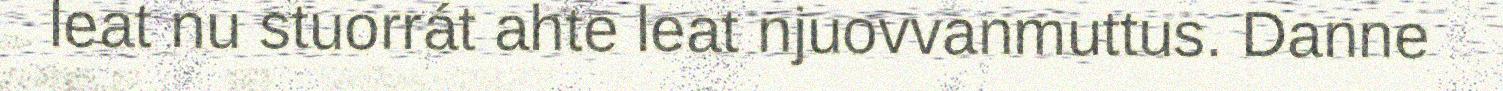
leat nu stuorrát ahte leat njuovvanmuttus. Danne